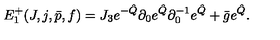
E _ { 1 } ^ { + } ( J , j , \bar { p } , f ) = J _ { 3 } e ^ { - \hat { Q } } \partial _ { 0 } e ^ { \hat { Q } } \partial _ { 0 } ^ { - 1 } e ^ { \hat { Q } } + \bar { g } e ^ { \hat { Q } } .